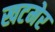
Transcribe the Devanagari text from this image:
खटमेर